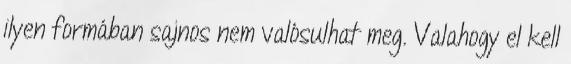
ilyen formában sajnos nem valósulhat meg. Valahogy el kell